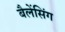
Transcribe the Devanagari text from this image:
बैलेंसिंग